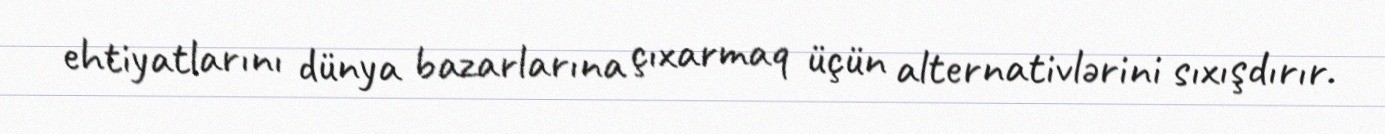
ehtiyatlarını dünya bazarlarına çıxarmaq üçün alternativlərini sıxışdırır.